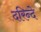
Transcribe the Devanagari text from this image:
दरिन्दे